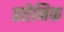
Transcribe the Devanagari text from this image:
प्रतेनिक